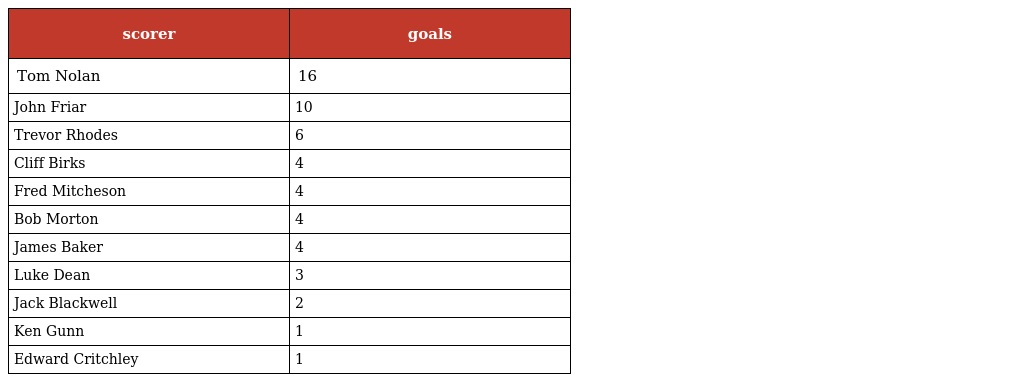
| scorer | goals |
 | --- | --- |
 | Tom Nolan | 16 |
 | John Friar | 10 |
 | Trevor Rhodes | 6 |
 | Cliff Birks | 4 |
 | Fred Mitcheson | 4 |
 | Bob Morton | 4 |
 | James Baker | 4 |
 | Luke Dean | 3 |
 | Jack Blackwell | 2 |
 | Ken Gunn | 1 |
 | Edward Critchley | 1 |